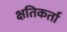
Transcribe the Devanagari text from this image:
क्षतिकर्ता